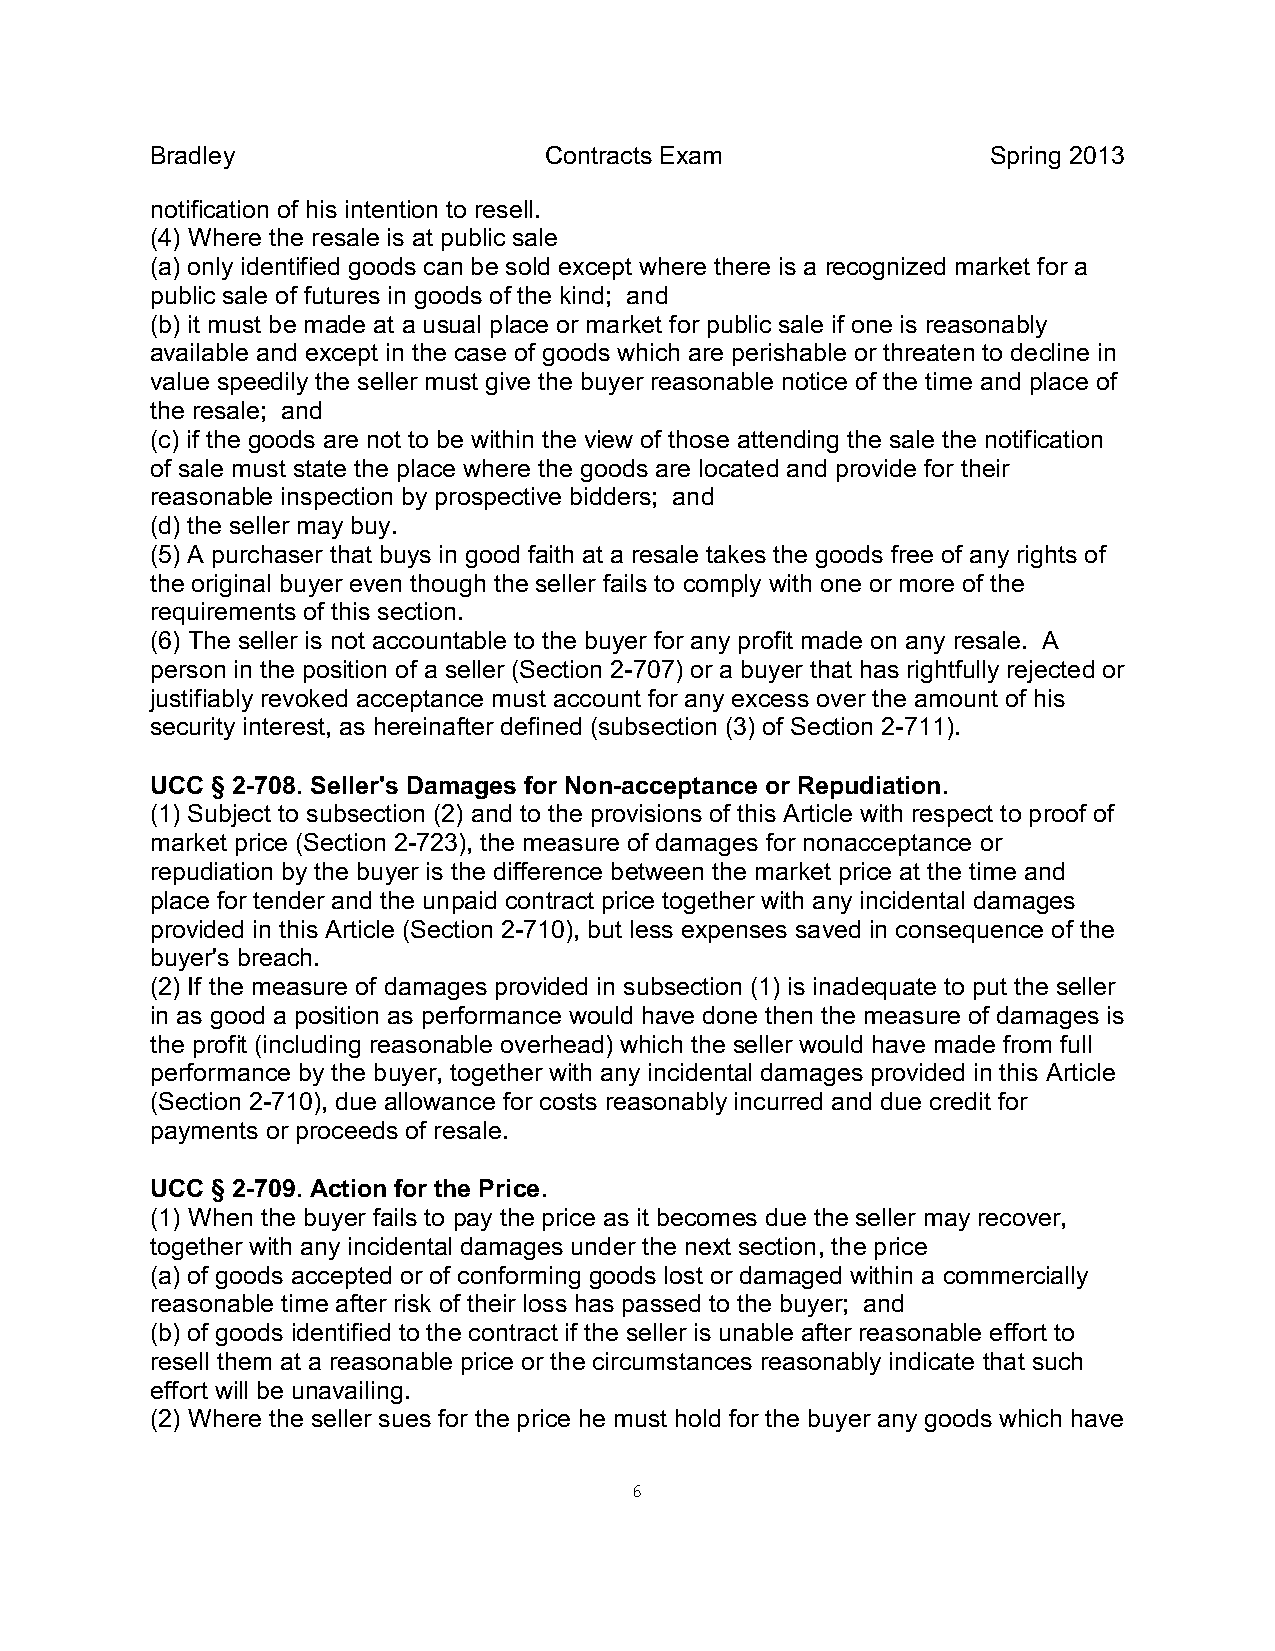
Bradley                   Contracts Exam                Spring 2013
 notification of his intention to resell.
 (4) Where the resale is at public sale
 (a) only identified goods can be sold except where there is a recognized market for a
 public sale of futures in goods of the kind; and
 (b) it must be made at a usual place or market for public sale if one is reasonably
 available and except in the case of goods which are perishable or threaten to decline in
 value speedily the seller must give the buyer reasonable notice of the time and place of
 the resale; and
 (c) if the goods are not to be within the view of those attending the sale the notification
 of sale must state the place where the goods are located and provide for their
 reasonable inspection by prospective bidders; and
 (d) the seller may buy.
 (5) A purchaser that buys in good faith at a resale takes the goods free of any rights of
 the original buyer even though the seller fails to comply with one or more of the
 requirements of this section.
 (6) The seller is not accountable to the buyer for any profit made on any resale. A
 person in the position of a seller (Section 2-707) or a buyer that has rightfully rejected or
 justifiably revoked acceptance must account for any excess over the amount of his
 security interest, as hereinafter defined (subsection (3) of Section 2-711).
 UCC § 2-708. Seller's Damages for Non-acceptance or Repudiation.
 (1) Subject to subsection (2) and to the provisions of this Article with respect to proof of
 market price (Section 2-723), the measure of damages for nonacceptance or
 repudiation by the buyer is the difference between the market price at the time and
 place for tender and the unpaid contract price together with any incidental damages
 provided in this Article (Section 2-710), but less expenses saved in consequence of the
 buyer's breach.
 (2) If the measure of damages provided in subsection (1) is inadequate to put the seller
 in as good a position as performance would have done then the measure of damages is
 the profit (including reasonable overhead) which the seller would have made from full
 performance by the buyer, together with any incidental damages provided in this Article
 (Section 2-710), due allowance for costs reasonably incurred and due credit for
 payments or proceeds of resale.
 UCC § 2-709. Action for the Price.
 (1) When the buyer fails to pay the price as it becomes due the seller may recover,
 together with any incidental damages under the next section, the price
 (a) of goods accepted or of conforming goods lost or damaged within a commercially
 reasonable time after risk of their loss has passed to the buyer; and
 (b) of goods identified to the contract if the seller is unable after reasonable effort to
 resell them at a reasonable price or the circumstances reasonably indicate that such
 effort will be unavailing.
 (2) Where the seller sues for the price he must hold for the buyer any goods which have
 6